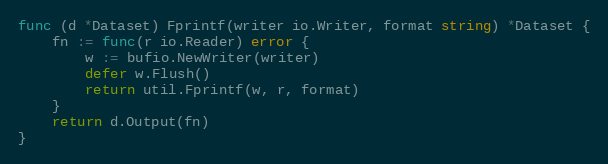
Language: Go
func (d *Dataset) Fprintf(writer io.Writer, format string) *Dataset {
	fn := func(r io.Reader) error {
		w := bufio.NewWriter(writer)
		defer w.Flush()
		return util.Fprintf(w, r, format)
	}
	return d.Output(fn)
}